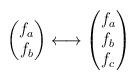
LaTeX: \begin{align*} \begin{pmatrix} f_a \\ f_b \end{pmatrix} \longleftrightarrow \begin{pmatrix} f_a \\ f_b \\ f_c \end{pmatrix}\end{align*}